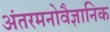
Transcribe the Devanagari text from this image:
अंतरमनोवैज्ञानिक